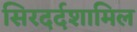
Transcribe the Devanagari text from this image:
सिरदर्दशामिल